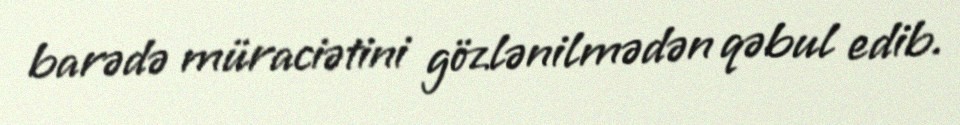
barədə müraciətini gözlənilmədən qəbul edib.